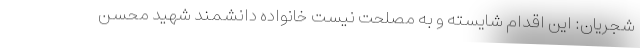
شجریان: این اقدام شایسته و به مصلحت نیست خانواده دانشمند شهید محسن